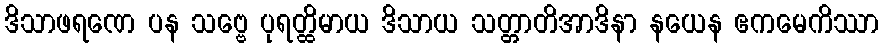
ဒိသာဖရဏေ ပန သဗ္ဗေ ပုရတ္ထိမာယ ဒိသာယ သတ္တာတိအာဒိနာ နယေန ဧကမေကိဿာ